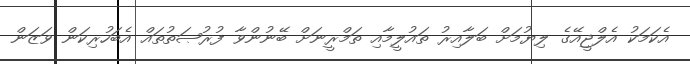
އެކަމަކު އެލްޖީއޭގެ ލިޔުމަށް ބަލާއިރު ތައުލީމާއި ތަމްރީނަށް ބޭނުންވާ ފުރުޞަތުތައް އެބަހުރިކަން ވަޒަން